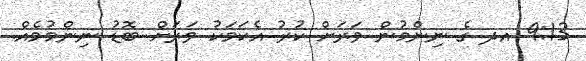
9:13 އދ ގެ ނިންމުން ވަރަށް ކުރު އެކަމަކު ވަރަށް ބޮޑު ނިންމުމެއް.